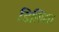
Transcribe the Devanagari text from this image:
डिलिमा